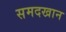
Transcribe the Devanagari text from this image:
समदखान